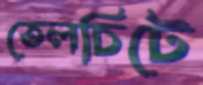
তেলচিটে